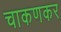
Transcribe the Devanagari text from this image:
चाकणकर